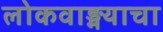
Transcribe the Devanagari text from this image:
लोकवाङ्मयाचा